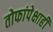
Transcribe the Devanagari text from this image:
तोफांपेक्षाही